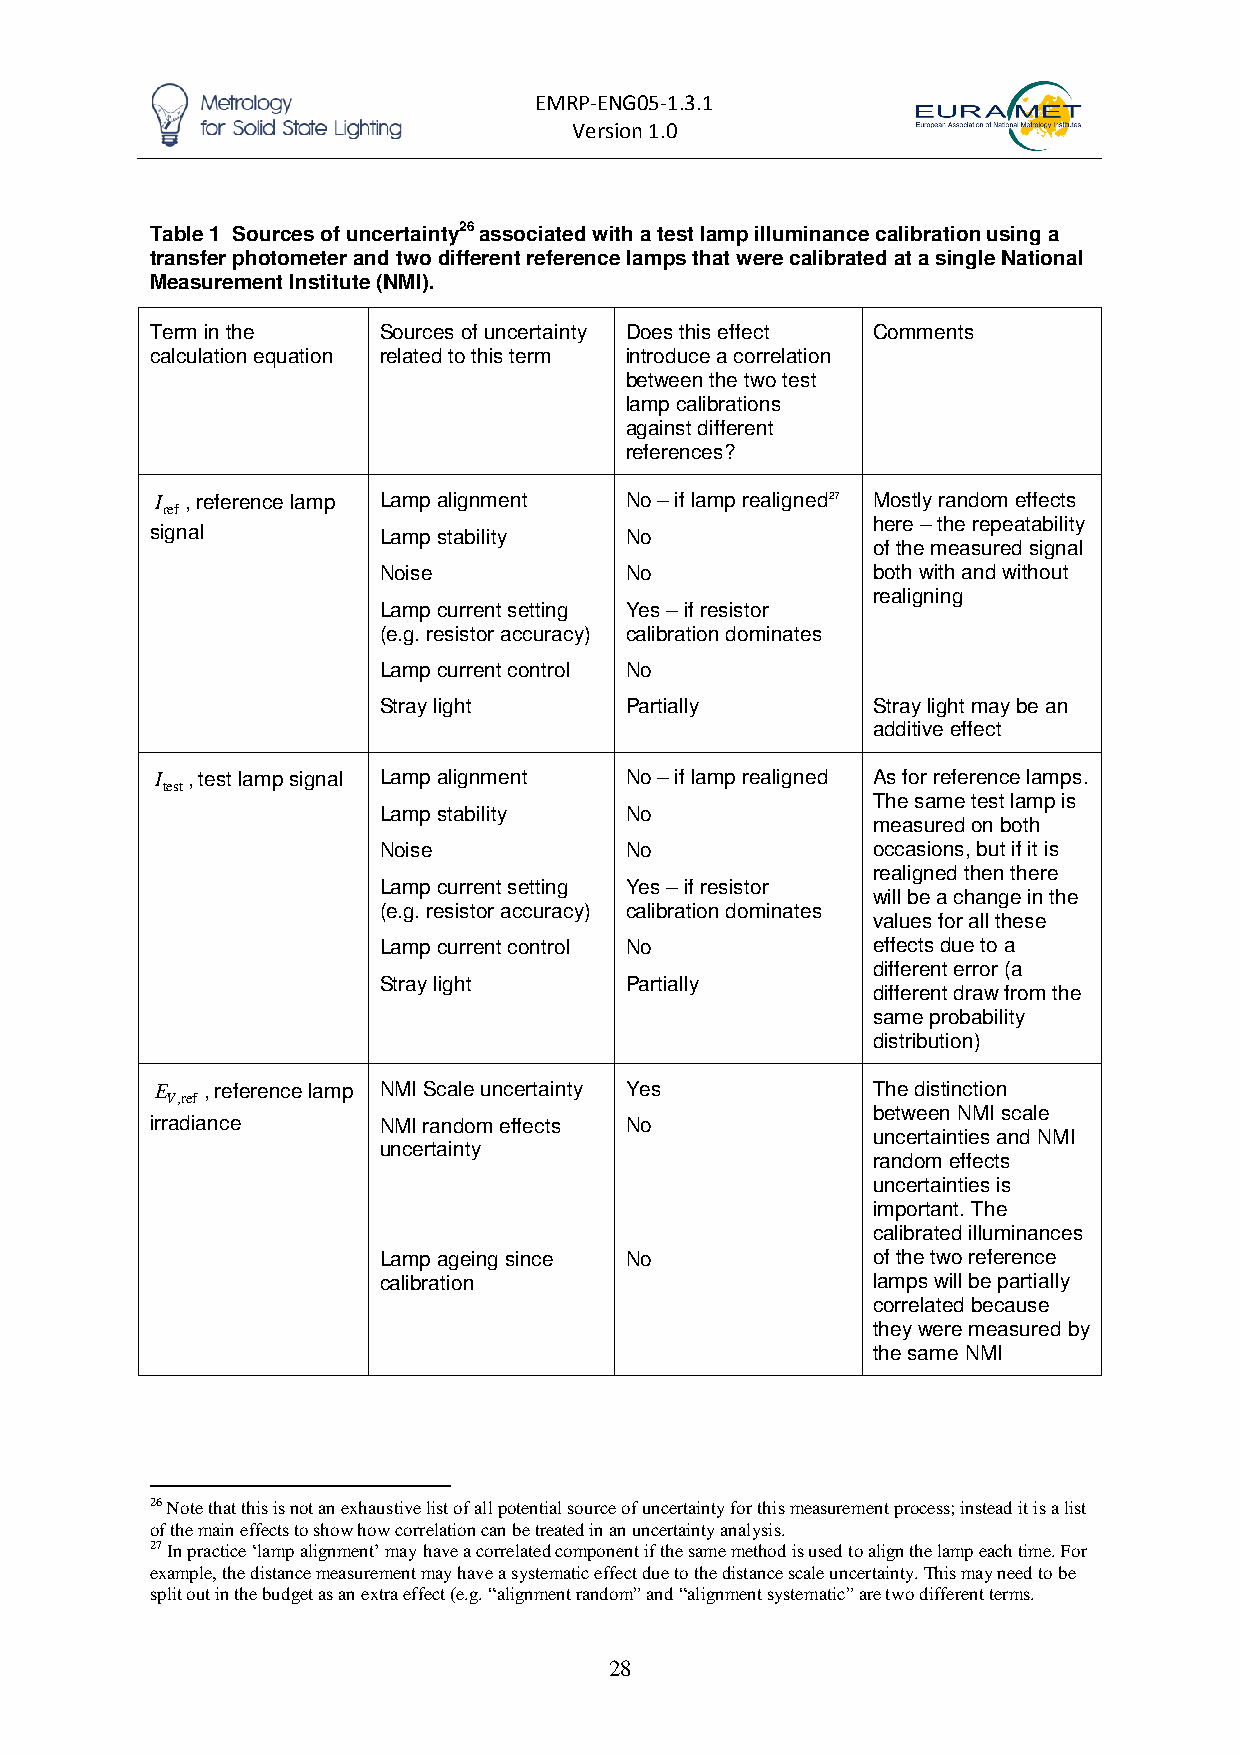
EMRP-ENG05-1.3.1
 Version 1.0
 Table 1 Sources of uncertainty26 associated with a test lamp illuminance calibration using a
 transfer photometer and two different reference lamps that were calibrated at a single National
 Measurement Institute (NMI).
 Term in the    Sources of uncertainty Does this effect Comments
 calculation equation related to this term introduce a correlation
 between the two test
 lamp calibrations
 against different
 references?
 I , reference lamp Lamp alignment No – if lamp realigned27 Mostly random effects
 ref
 here – the repeatability
 signal         Lamp stability  No
 of the measured signal
 Noise           No               both with and without
 realigning
 Lamp current setting Yes – if resistor
 (e.g. resistor accuracy) calibration dominates
 Lamp current control No
 Stray light     Partially        Stray light may be an
 additive effect
 I , test lamp signal Lamp alignment No – if lamp realigned As for reference lamps.
 test
 The same test lamp is
 Lamp stability  No
 measured on both
 Noise           No               occasions, but if it is
 realigned then there
 Lamp current setting Yes – if resistor
 will be a change in the
 (e.g. resistor accuracy) calibration dominates
 values for all these
 Lamp current control No          effects due to a
 different error (a
 Stray light     Partially
 different draw from the
 same probability
 distribution)
 E  , reference lamp NMI Scale uncertainty Yes   The distinction
 V,ref
 between NMI scale
 irradiance     NMI random effects No
 uncertainties and NMI
 uncertainty
 random effects
 uncertainties is
 important. The
 calibrated illuminances
 Lamp ageing since No             of the two reference
 calibration                      lamps will be partially
 correlated because
 they were measured by
 the same NMI
 26 Note that this is not an exhaustive list of all potential source of uncertainty for this measurement process; instead it is a list
 of the main effects to show how correlation can be treated in an uncertainty analysis.
 27 In practice ‘lamp alignment’ may have a correlated component if the same method is used to align the lamp each time. For
 example, the distance measurement may have a systematic effect due to the distance scale uncertainty. This may need to be
 split out in the budget as an extra effect (e.g. “alignment random” and “alignment systematic” are two different terms.
 28